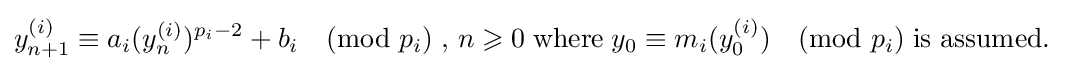
y_{n+1}^{(i)}\equiv a_{i}(y_{n}^{(i)})^{p_{i}-2}+b_{i}{\pmod {p_{i}}}\;{\text{,  }}n\geqslant 0\;{\text{where}}\;y_{0}\equiv m_{i}(y_{0}^{(i)}){\pmod {p_{i}}}\;{\text{is assumed. }}